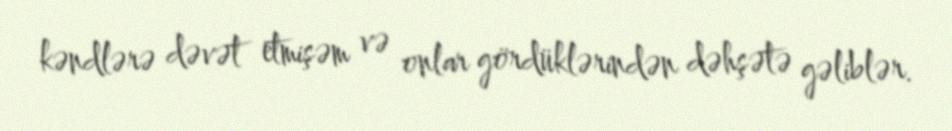
kəndlərə dəvət etmişəm və onlar gördüklərindən dəhşətə gəliblər.